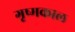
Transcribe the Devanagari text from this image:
गृष्मकाल